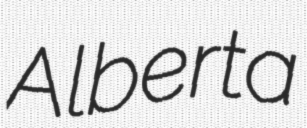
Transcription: Alberta